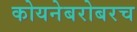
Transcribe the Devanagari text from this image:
कोयनेबरोबरच